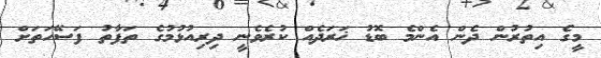
މީގެ އިތުރުން ދެން އެންމެ ބޮޑު ޚަރަދެއް ކުރެވެނީ ދިރިއުޅުމުގެ ތަފާތު ފަސޭހަތަށް